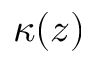
\kappa ( z )